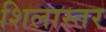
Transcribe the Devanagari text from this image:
शिलास्तर